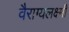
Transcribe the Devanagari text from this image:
वैराग्यलक्ष्मी